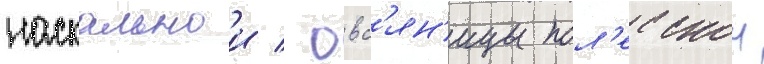
наскальнои / овс'ян'ицы пол'есскои